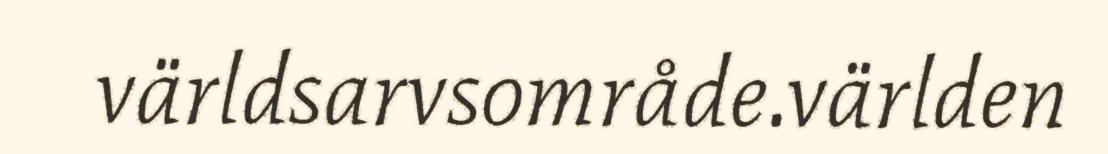
världsarvsområde.världen